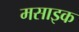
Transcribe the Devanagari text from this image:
मसाइक